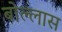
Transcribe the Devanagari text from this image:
बोल्लास